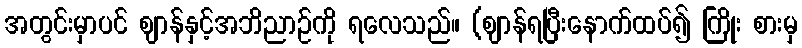
အတွင်းမှာပင် ဈာန်နှင့်အဘိညာဉ်ကို ရလေသည်။ (ဈာန်ရပြီးနောက်ထပ်၍ ကြိုး စားမှ